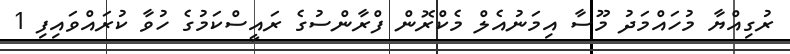
ރުގިއްޔާ މުހައްމަދު މޫސާ އިމަނުއެލް މެކްރޮން ފްރާންސުގެ ރައީސްކަމުގެ ހުވާ ކުރައްވައިފި 1